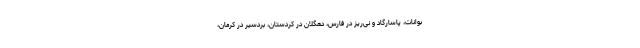
بوانات، پاسارگاد و نی‌ریز در فارس، دهگلان در کردستان، بردسیر در کرمان،